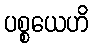
ပစ္စယေဟိ